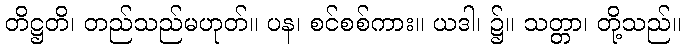
တိဋ္ဌတိ၊ တည်သည်မဟုတ်။ ပန၊ စင်စစ်ကား။ ယဒါ၊ ၌။ သတ္တာ၊ တို့သည်။